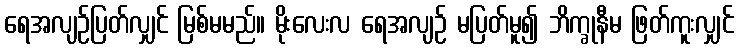
ရေအလျဉ်ပြတ်လျှင် မြစ်မမည်။ မိုးလေးလ ရေအလျဉ် မပြတ်မူ၍ ဘိက္ခုနီမ ဖြတ်ကူးလျှင်